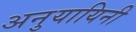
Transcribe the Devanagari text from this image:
अनुयायिनी